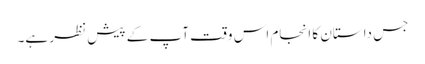
جس داستان کا انجام اس وقت آپ کے پیش نظر ہے۔